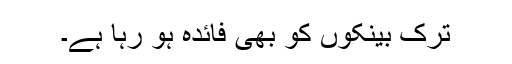
ترک بینکوں کو بھی فائدہ ہو رہا ہے۔